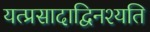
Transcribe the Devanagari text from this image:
यत्प्रसादाद्विनश्यति